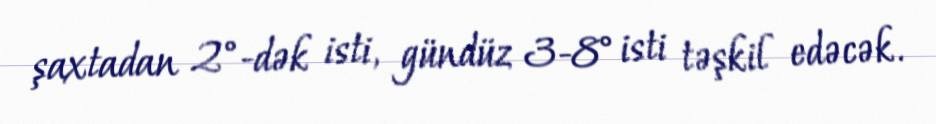
şaxtadan 2°-dək isti, gündüz 3-8° isti təşkil edəcək.